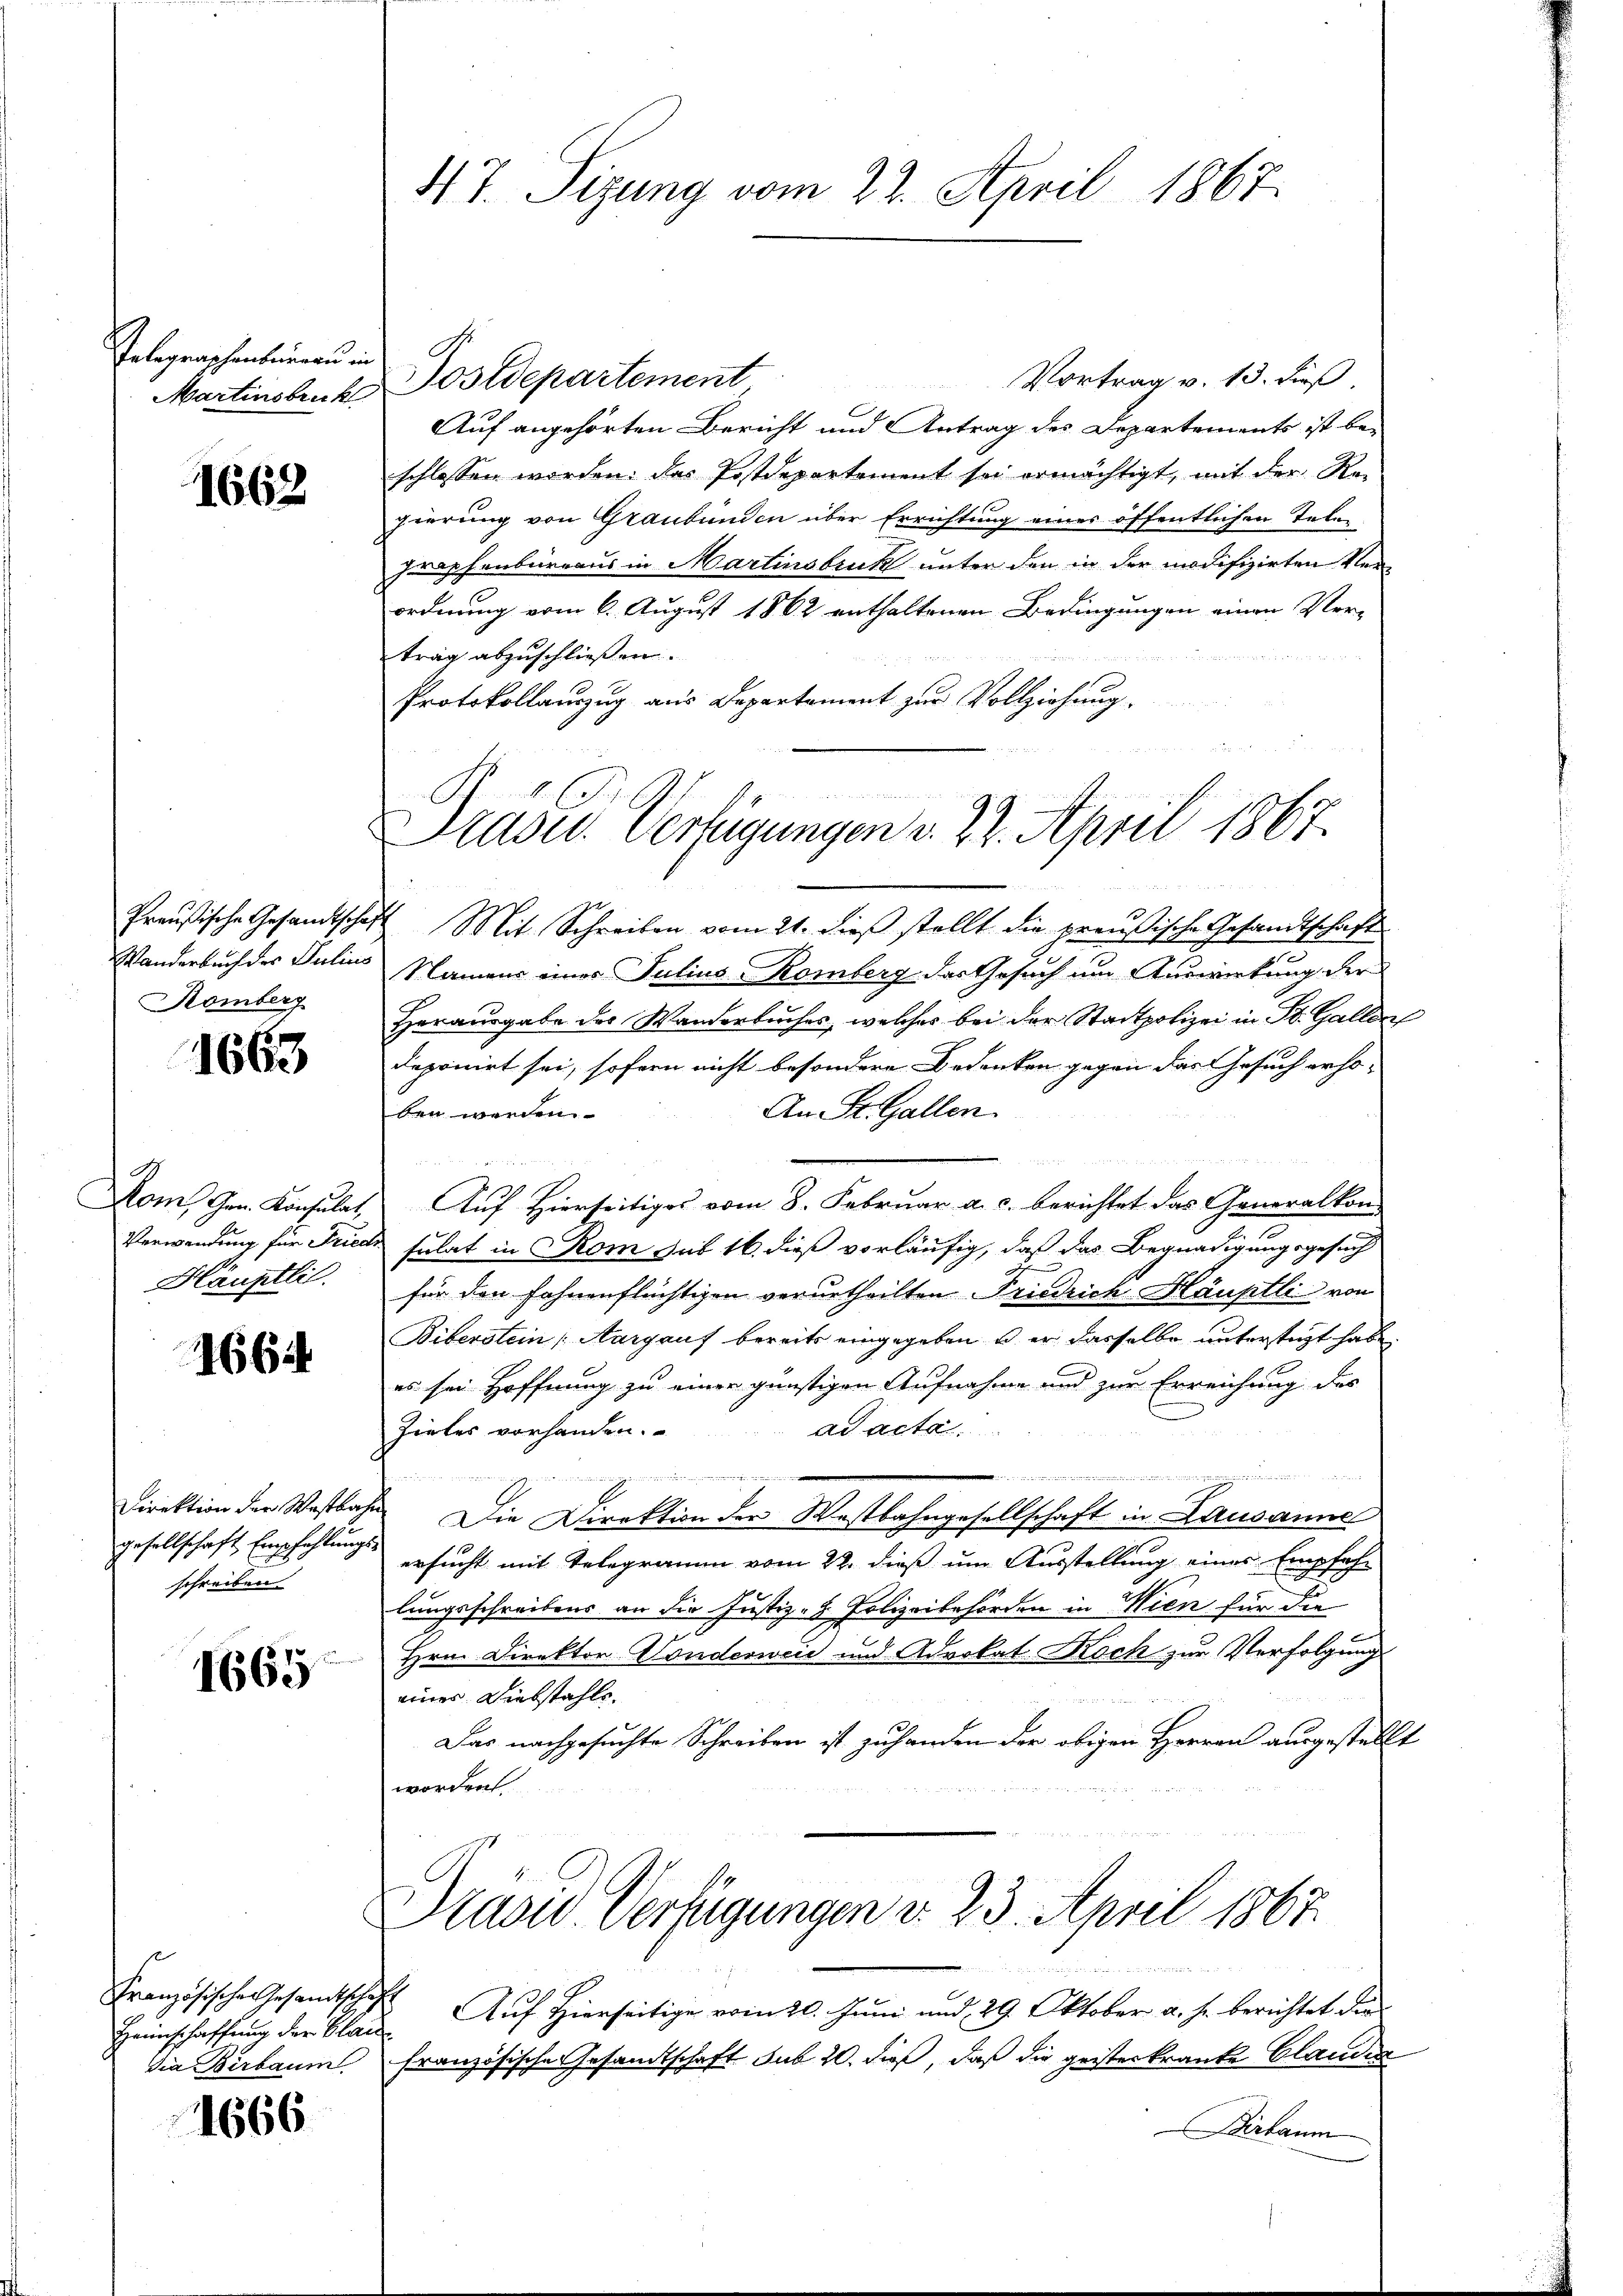
Telegraschenbureau in

1662

Romberg

1663

t
Hauptlil

166

gesellschaft Empfehlungs-
schreiben

1665

Französischen Gesandtsche
Heimschaffung der Blau
dia Birbaum

1666

Vortrag v. 13. dieß,
Martinsbruck, Postdepartement,
Auf angehörten Bericht und Antrag des Departements ist be-
schlossen worden. das Postdepartement sei ermächtigt, mit der Regierung von Graubünden über Errichtung einer öffentlichen Telen
zraphenbureaus in Martinsbruk unter den in der modifizirten Verordnung vom 6. August 1862 enthaltenen Bedingungen einen Vertrag abzuschließen.

Protokollauszug aus Departement zur Vollziehung.
Preußische Gesandtschaft Mit Schreiben vom 21. dieß stellt die preußische Gesandtschaft
Wanderbach des Julius Namens eines Julius Komberg der Gesuch um Auswirkung der
Herausgabe des Wanderbuches, welches bei der Stadtpolizei in St. Gallen
deponirt sei, sofern nicht besondere Bedenken gegen das Gesuch erho-
An St. Gallen.
den werden.

Mom, Gen. Konsulat, Auf Hierseitiges vom 8. Februar a. c. berichtet das Generalkon-
.
Verwendung für Friede sulat in Rom sub 16. dieß vorläufig, daß das Begnadigungsgesuch
für den fahnenflüchtigen verurtheilten Friedrich Häuptli von
Biberstein Aargauf bereits eingegeben, u. er dasselbe unterstüzt habe.
es sei Hoffnung zu einer günstigen Aufnahme und zur Erreichung des
ad acta
Zieles vorhanden.
i
uung eine
Direktion der Westbahn Die Direktion der Westbahngesellschaft in Lausanne
ersucht mit Telegramm vom 22. dieß um Ausstellung eines Empfehlungsschreibens an die Justiz- & Polizeibehörden in Wien für die
Hrn. Direktor Sonderweid und Advokat Koch zur Verfolgung
einer Diebstahls.
Das nachgesuchte Schreiben ist zu handen der obigen Herren ausgestellt
worden.

47. Sizung vom 22. April 1867.

Präsid. Verfügungen v. 22. April 1867.

Drave Verfügungen d. 23. April 1867.

Auf Hierseitige vom 20. Juni und 29. Oktober a. h. berichtet die
französische Gesandtschaft sub 20. dieß, daß die geisterkranke Clauden
Birbaum